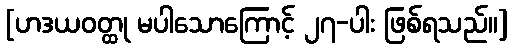
[ဟဒယဝတ္ထု မပါသောကြောင့် ၂၇-ပါး ဖြစ်ရသည်။]